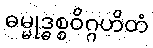
ဓမ္မုဒ္ဓစ္စဝိဂ္ဂဟိတံ